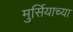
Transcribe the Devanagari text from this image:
मुर्सियाच्या